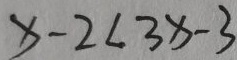
x - 2 < 3 x - 3